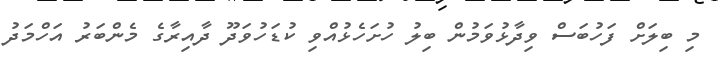
މި ބިލަށް ފަހުބަސް ވިދާޅުވަމުން ބިލު ހުށަހެޅުއްވި ކުޑަހުވަދޫ ދާއިރާގެ މެންބަރު އަހްމަދު